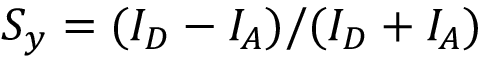
S _ { y } = ( I _ { D } - I _ { A } ) / ( I _ { D } + I _ { A } )